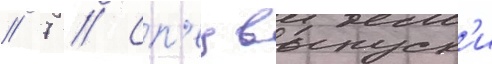
// 7 // Сп'ецвыпуск'и